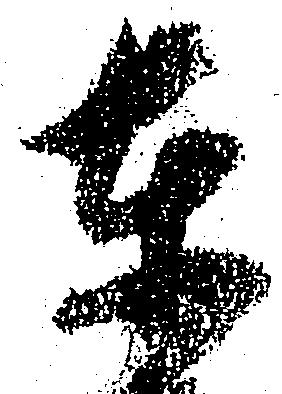
東